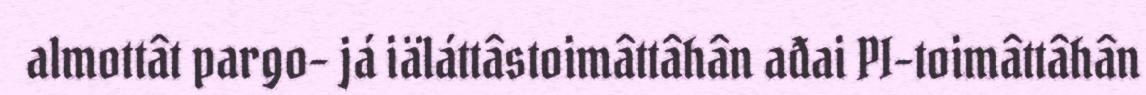
almottât pargo- já iäláttâstoimâttâhân ađai PI-toimâttâhân